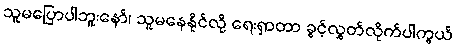
သူမပြောပါဘူးနော်၊ သူမနေနိုင်လို့ ရေးရှာတာ ခွင့်လွှတ်လိုက်ပါကွယ်